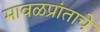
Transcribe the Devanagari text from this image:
मावळप्रांताचे